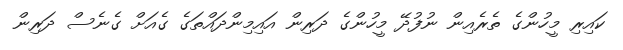
ކައިރި މީހުންގެ ތެރެއިން ނުފުދޭ މީހުންގެ ދަރިން އައިމިންދައްތަގެ ގެއަށް ގެނެސް ދަރިން